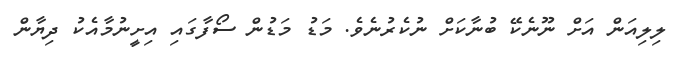
ލިލިއަން އަށް ނޫނެކޭ ބުނާކަށް ނުކެރުނެވެ. މަޑު މަޑުން ސޯފާގައި އިށީނުމާއެކު ދިޔާން